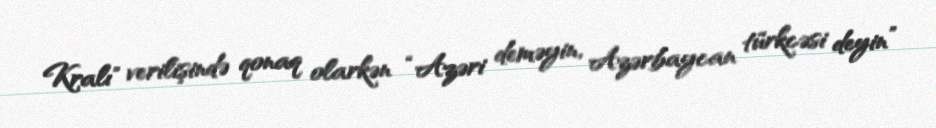
Kralı" verilişində qonaq olarkən “Azəri deməyin, Azərbaycan türkcəsi deyin”